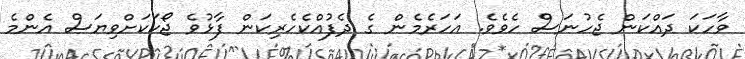
ވާހަކަ ދައްކަން ޖެހުނަސް ހެވެވެ. އަހަރެމެން ގެ ދެފުއްކެހެރިކަން ފާޅުވެ ޖޯކަކަށްވިޔަސް އެންމެ